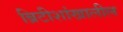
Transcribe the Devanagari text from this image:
ब्रिटीशांखालील